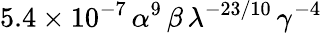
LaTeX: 5.4\times 10^{-7}\, \alpha^{9}\, \beta\, \lambda^{-23/10}\, \gamma^{-4}